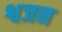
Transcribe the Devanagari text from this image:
श्वजन